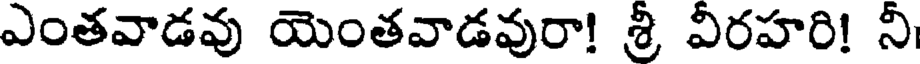
ఎంతవాడవు యెంతవాడవురా! శ్రీ వీరహరి! నీ